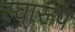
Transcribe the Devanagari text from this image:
स्वारूप